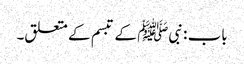
باب : نبیﷺ کے تبسم کے متعلق۔